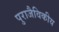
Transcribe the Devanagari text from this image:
पुराजैविकीय